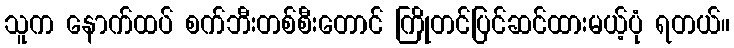
သူက နောက်ထပ် စက်ဘီးတစ်စီးတောင် ကြိုတင်ပြင်ဆင်ထားမယ့်ပုံ ရတယ်။